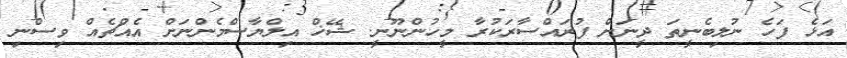
އަޅެ ފަހެ ނުލިބެނީތަ ދީނަށް ފުރައްސާރަކުރާ މީހުންނޫނީ. ޝޭޚް އިލްޔާސްމެންނަށް އެއްޗެއް ވިސްނި